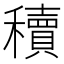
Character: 𬔃